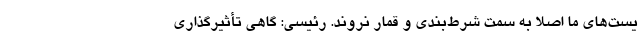
یست‌های ما اصلاً به سمت شرط‌بندی و قمار نروند. رئیسی: گاهی تأثیرگذاری